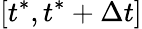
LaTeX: [t^{*},t^{*}+\Delta t]